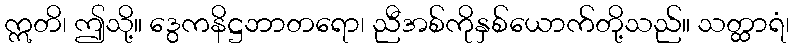
ဣတိ၊ ဤသို့။ ဒွေကနိဋ္ဌဘာတရော၊ ညီအစ်ကိုနှစ်ယောက်တို့သည်။ သတ္ထာရံ၊